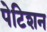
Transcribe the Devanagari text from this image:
पेटिशन